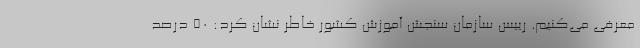
معرفی می‌کنیم. رییس سازمان سنجش آموزش کشور خاطر نشان کرد: ۵۰ درصد